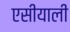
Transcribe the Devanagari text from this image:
एसीयाली